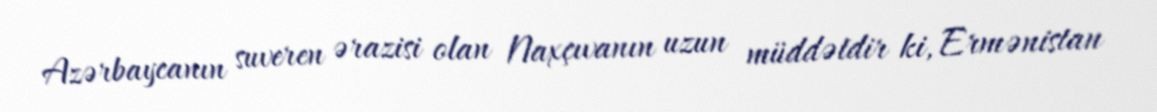
Azərbaycanın suveren ərazisi olan Naxçıvanın uzun müddətdir ki, Ermənistan